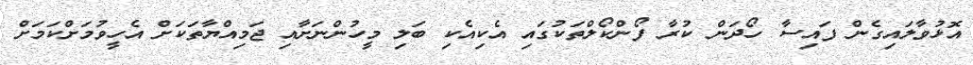
އޮޅުވާލައިގެން ފައިސާ ހޯދަން ކުރާ ފޯންކޯލްތަކުގައި އެކިއެކި ބަލި މީހުންނަށާއި ޖަމިއްޔާތަކަށް އެހީވުމަށްކަމަށް